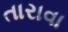
તારાવા